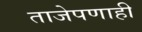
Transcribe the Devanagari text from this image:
ताजेपणाही